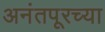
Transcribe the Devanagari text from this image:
अनंतपूरच्या